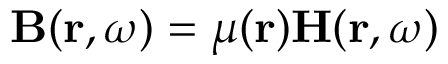
\mathbf { B } ( \mathbf { r } , \omega ) = \mu ( \mathbf { r } ) \mathbf { H } ( \mathbf { r } , \omega )